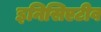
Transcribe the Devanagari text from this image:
इनिसिएटीव